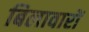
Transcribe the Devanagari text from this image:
बिलावारों